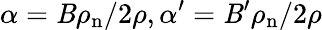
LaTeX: \alpha=\mathit{B}\rho_{\mathrm{{n}}}/2\rho,\alpha^{\prime}=\mathit{B}^{\prime}\rho_{\mathrm{{n}}}/2\rho